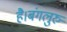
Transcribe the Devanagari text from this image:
है।बंगलुरु